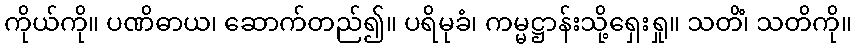
ကိုယ်ကို။ ပဏိဓာယ၊ ဆောက်တည်၍။ ပရိမုခံ၊ ကမ္မဋ္ဌာန်းသို့ရှေးရှု။ သတိံ၊ သတိကို။